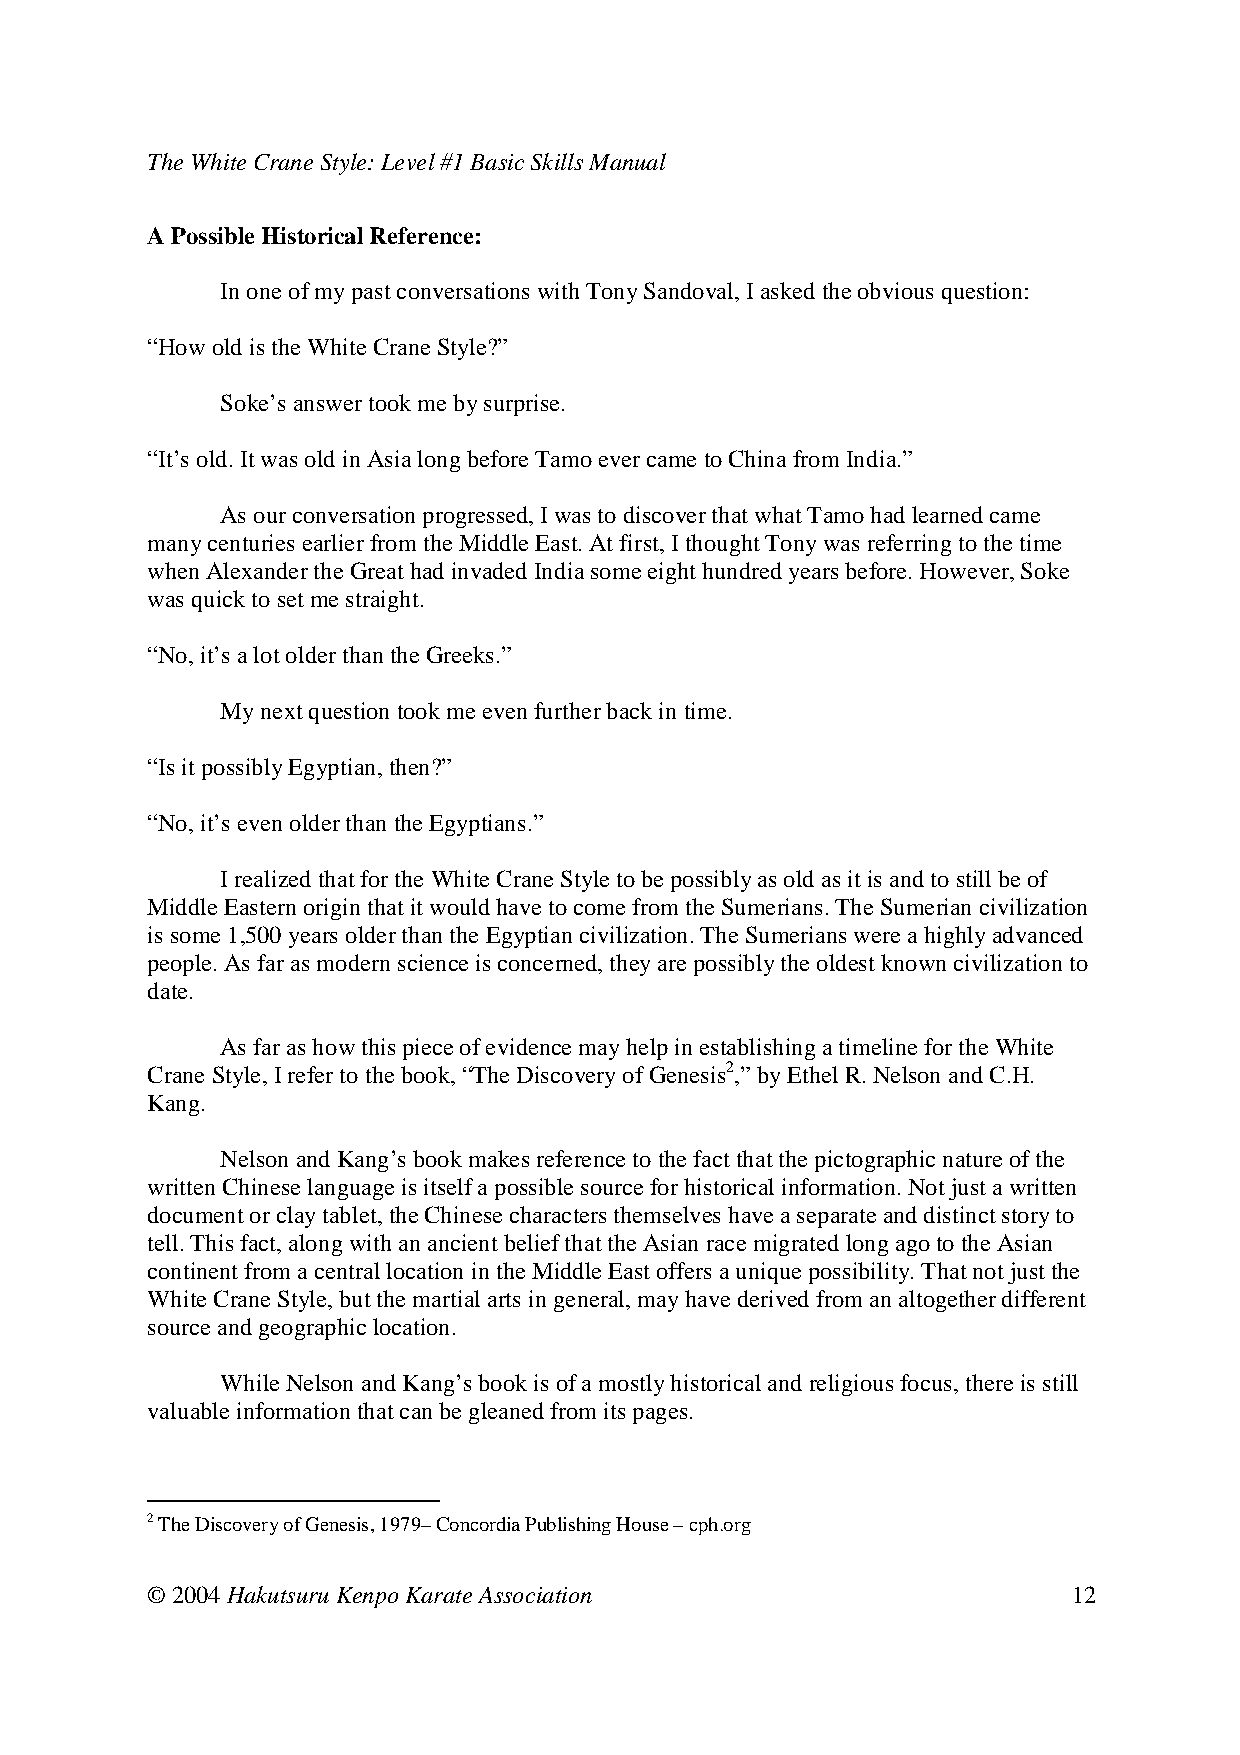
The White Crane Style: Level #1 Basic Skills Manual
 A Possible Historical Reference:
 In one of my past conversations with Tony Sandoval, I asked the obvious question:
 “How old is the White Crane Style?”
 Soke’s answer took me by surprise.
 “It’s old. It was old in Asia long before Tamo ever came to China from India.”
 As our conversation progressed, I was to discover that what Tamo had learned came
 many centuries earlier from the Middle East. At first, I thought Tony was referring to the time
 when Alexander the Great had invaded India some eight hundred years before. However, Soke
 was quick to set me straight.
 “No, it’s a lot older than the Greeks.”
 My next question took me even further back in time.
 “Is it possibly Egyptian, then?”
 “No, it’s even older than the Egyptians.”
 I realized that for the White Crane Style to be possibly as old as it is and to still be of
 Middle Eastern origin that it would have to come from the Sumerians. The Sumerian civilization
 is some 1,500 years older than the Egyptian civilization. The Sumerians were a highly advanced
 people. As far as modern science is concerned, they are possibly the oldest known civilization to
 date.
 As far as how this piece of evidence may help in establishing a timeline for the White
 Crane Style, I refer to the book, “The Discovery of Genesis2,” by Ethel R. Nelson and C.H.
 Kang.
 Nelson and Kang’s book makes reference to the fact that the pictographic nature of the
 written Chinese language is itself a possible source for historical information. Not just a written
 document or clay tablet, the Chinese characters themselves have a separate and distinct story to
 tell. This fact, along with an ancient belief that the Asian race migrated long ago to the Asian
 continent from a central location in the Middle East offers a unique possibility. That not just the
 White Crane Style, but the martial arts in general, may have derived from an altogether different
 source and geographic location.
 While Nelson and Kang’s book is of a mostly historical and religious focus, there is still
 valuable information that can be gleaned from its pages.
 2 The Discovery of Genesis, 1979– Concordia Publishing House – cph.org
 © 2004 Hakutsuru Kenpo Karate Association                    12